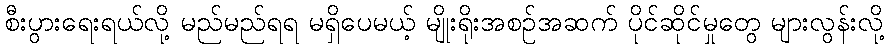
စီးပွားရေးရယ်လို့ မည်မည်ရရ မရှိပေမယ့် မျိုးရိုးအစဉ်အဆက် ပိုင်ဆိုင်မှုတွေ များလွန်းလို့